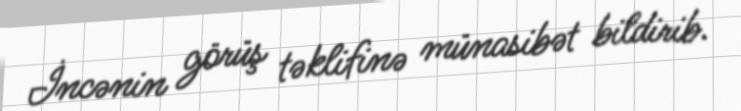
İncənin görüş təklifinə münasibət bildirib.